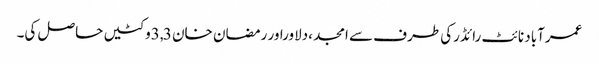
عمرآباد نائٹ رائڈرکی طرف سے امجد ،دلاوراور رمضان خان 3,3وکٹیں حاصل کی۔